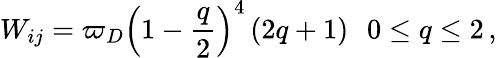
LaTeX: W_{ij}=\varpi_{D}\left(1-\frac{q}{2}\right)^{4}\left(2q+1\right)\: \: \: 0\leq q\leq 2\, ,